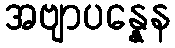
အဗျာပန္နေန